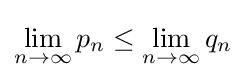
\lim _{n\to \infty }p_{n}\leq \lim _{n\to \infty }q_{n}